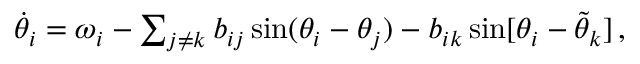
\begin{array} { r } { \dot { \theta } _ { i } = \omega _ { i } - \sum _ { j \neq k } b _ { i j } \sin ( \theta _ { i } - \theta _ { j } ) - b _ { i k } \sin [ \theta _ { i } - \tilde { \theta } _ { k } ] \, , } \end{array}